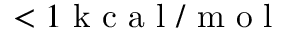
< 1 \mathrm { ~ k ~ c ~ a ~ l ~ } / \mathrm { ~ m ~ o ~ l ~ }